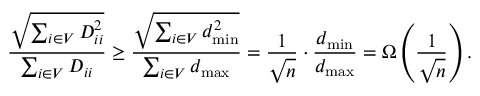
\frac { \sqrt { \sum _ { i \in V } D _ { i i } ^ { 2 } } } { \sum _ { i \in V } D _ { i i } } \geq \frac { \sqrt { \sum _ { i \in V } d _ { \operatorname* { m i n } } ^ { 2 } } } { \sum _ { i \in V } d _ { \operatorname* { m a x } } } = \frac { 1 } { \sqrt { n } } \cdot \frac { d _ { \operatorname* { m i n } } } { d _ { \operatorname* { m a x } } } = \Omega \left( \frac { 1 } { \sqrt { n } } \right) .